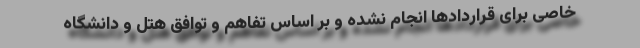
خاصی برای قراردادها انجام نشده و بر اساس تفاهم و توافق هتل و دانشگاه